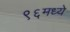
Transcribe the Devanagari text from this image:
९६मध्ये